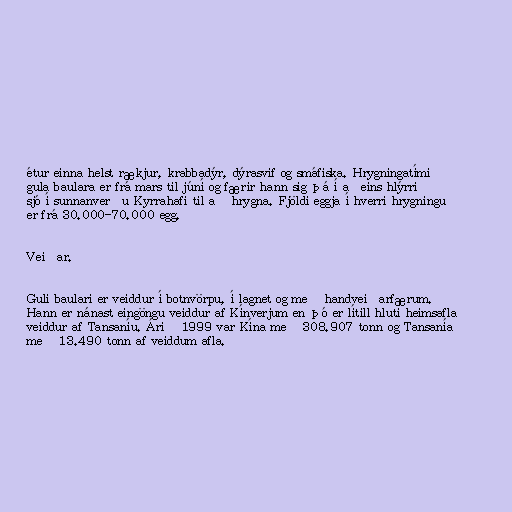
étur einna helst rækjur, krabbadýr, dýrasvif og smáfiska. Hrygningatími
gula baulara er frá mars til júní og færir hann sig þá í aðeins hlýrri
sjó í sunnanverðu Kyrrahafi til að hrygna. Fjöldi eggja í hverri hrygningu
er frá 30.000-70.000 egg.

Veiðar.

Guli baulari er veiddur í botnvörpu, í lagnet og með handveiðarfærum.
Hann er nánast eingöngu veiddur af Kínverjum en þó er lítill hluti heimsafla
veiddur af Tansaníu. Árið 1999 var Kína með 308.907 tonn og Tansanía
með 13.490 tonn af veiddum afla.